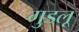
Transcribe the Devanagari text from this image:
गुडलू